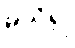
မသိ၍